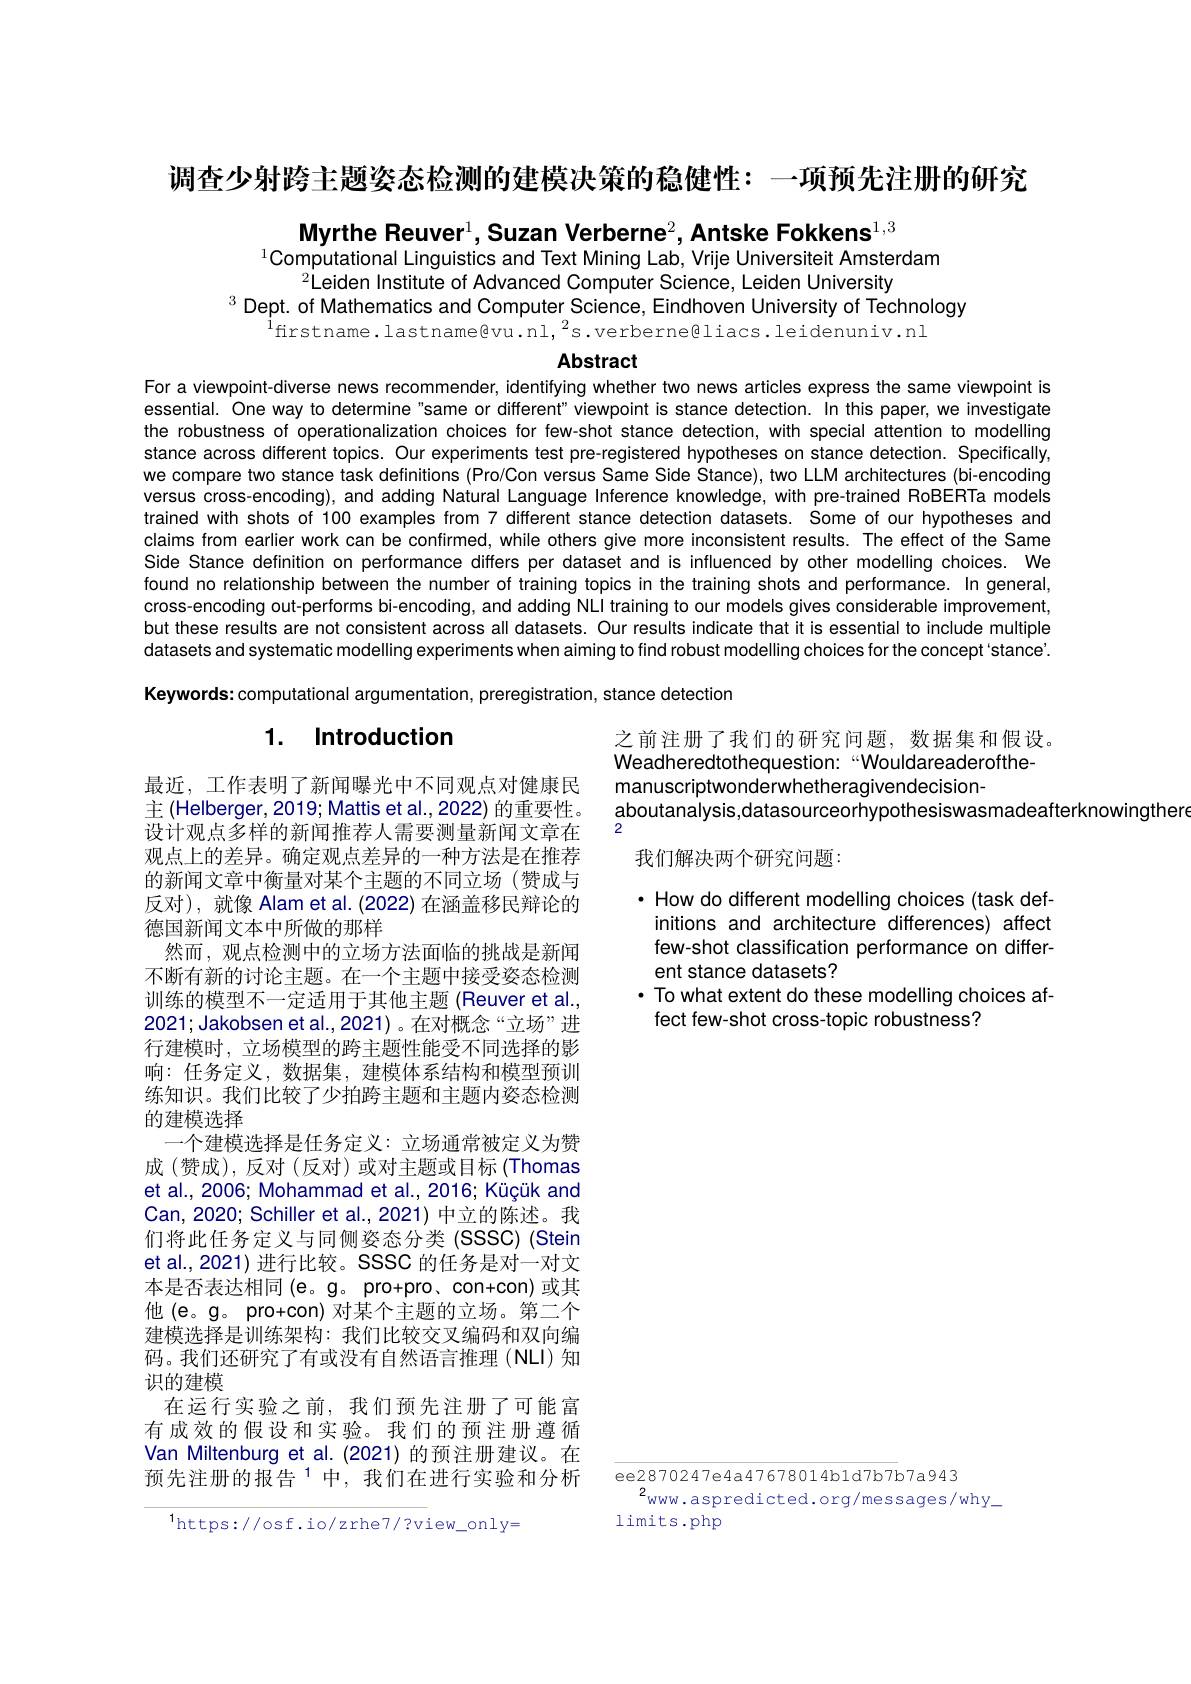
调查少射跨主题姿态检测的建模决策的稳健性：一项预先注册的研究

Myrthe Reuver$^1$,Suzan Verberne$^2$,Antske Fokkens$^{1,3}$
$^{1}$Computational Linguistics and Text Mining Lab, Vrije Universiteit Amsterdam
$^{2}$Leiden Institute of Advanced Computer Science, Leiden University
$^{3}$ Dept. of Mathematics and Computer Science, Eindhoven University of Téchnology
$^{1}$firstname.lastname@vu.nl,$^2$s.verberne@liacs.leidenuniv.nl

Abstract

For a viewpoint-diverse news recommender, identifying whether two news articles express the same viewpoint is essential. One way to determine"same or different" viewpoint is stance detection. In this paper,we investigate the robustness of operationalization choices for few-shot stance detection, with special attention to modelling stance across different topics. Our experiments test pre-registered hypotheses on stance detection. Specifically, we compare two stance task definitions (Pro/Con versus Same Side Stance), two LLM architectures (bi-encoding versus cross-encoding), and adding Natural Language Inference knowledge, with pre-trained RoBERTa models trained with shots of 100 examples from 7 different stance detection datasets. Some of our hypotheses and claims from earlier work can be confirmed, while others give more inconsistent results. The effect of the Same Side Stance definition on performance differs per dataset and is influenced by other modelling choices. We found no relationship between the number of training topics in the training shots and performance. In general, cross-encoding out-performs bi-encoding, and adding NLl training to our models gives considerable improvement, but these results are not consistent across all datasets. Our results indicate that it is essential to include multiple datasets and systematic modelling experiments when aiming to find robust modelling choices for the concept 'stance'. Keywords: computational argumentation, preregistration, stance detection

# 1. Introduction

之前注册了我们的研究问题，数据集和假设。Weadheredtothequestion:“Wouldareaderofthemanuscriptwonderwhetheragivendecision-
aboutanalysis,datasourceorhypothesiswasmadeafterknowingthero
2

我们解决两个研究问题：

· How do different modelling choices (task def-
initions and architecture differences) affect few-shot classification performance on different stance datasets?
· To what extent do these modelling choices af-
fect few-shot cross-topic robustness?

最近，工作表明了新闻曝光中不同观点对健康民主 (Helberger,2019; Mattis et al.,2022) 的重要性。设计观点多样的新闻推荐人需要测量新闻文章在观点上的差异。确定观点差异的一种方法是在推荐的新闻文章中衡量对某个主题的不同立场(赞成与反对),就像 Alam et al. (2022) 在涵盖移民辩论的德国新闻文本中所做的那样
然而，观点检测中的立场方法面临的挑战是新闻不断有新的讨论主题。在一个主题中接受姿态检测训练的模型不一定适用于其他主题 (Reuver et al., 2021;Jakobsen et al.,2021)。在对概念“立场”进行建模时，立场模型的跨主题性能受不同选择的影响：任务定义，数据集，建模体系结构和模型预训练知识。我们比较了少拍跨主题和主题内姿态检测的建模选择
一个建模选择是任务定义：立场通常被定义为赞成 (赞成), 反对 (反对) 或对主题或目标 (Thomas et al., 2006; Mohammad et al., 2016; Küçük and Can, 2020; Schiller et al., 2021) 中立的陈述。我们将此任务定义与同侧姿态分类 (SSSC) (Stein et al.,2021) 进行比较。SSSC 的任务是对一对文本是否表达相同(e。g。pro+pro、con+con)或其他(e。g。pro+con)对某个主题的立场。第二个建模选择是训练架构：我们比较交叉编码和双向编码。我们还研究了有或没有自然语言推理(NLI)知识的建模
在运行实验之前，我们预先注册了可能富有成效的假设和实验。我们的预注册遵循Van Miltenburg et al. (2021) 的预注册建议。在预先注册的报告$^1$中，我们在进行实验和分析

ee2870247e4a47678014b1d7b7b7a943
$2_{\mathrm{www.aspredicted.org/messages/why}}_{-}$
limits.php

$^{1}$https://osf.io/zrhe7/?view\_only=